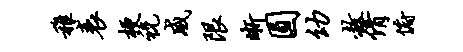
稚衰梗祝威限晰圆幼赦倩俯